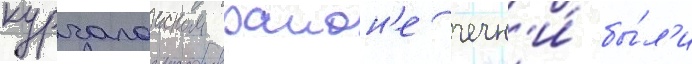
курчалоиском раион'е чечн'и́ бы́л'и